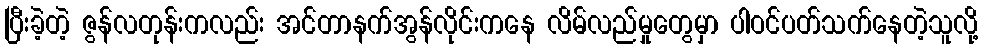
ပြီးခဲ့တဲ့ ဇွန်လတုန်းကလည်း အင်တာနက်အွန်လိုင်းကနေ လိမ်လည်မှုတွေမှာ ပါဝင်ပတ်သက်နေတဲ့သူလို့